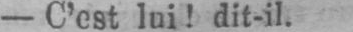
- C’est lui! dit-il.